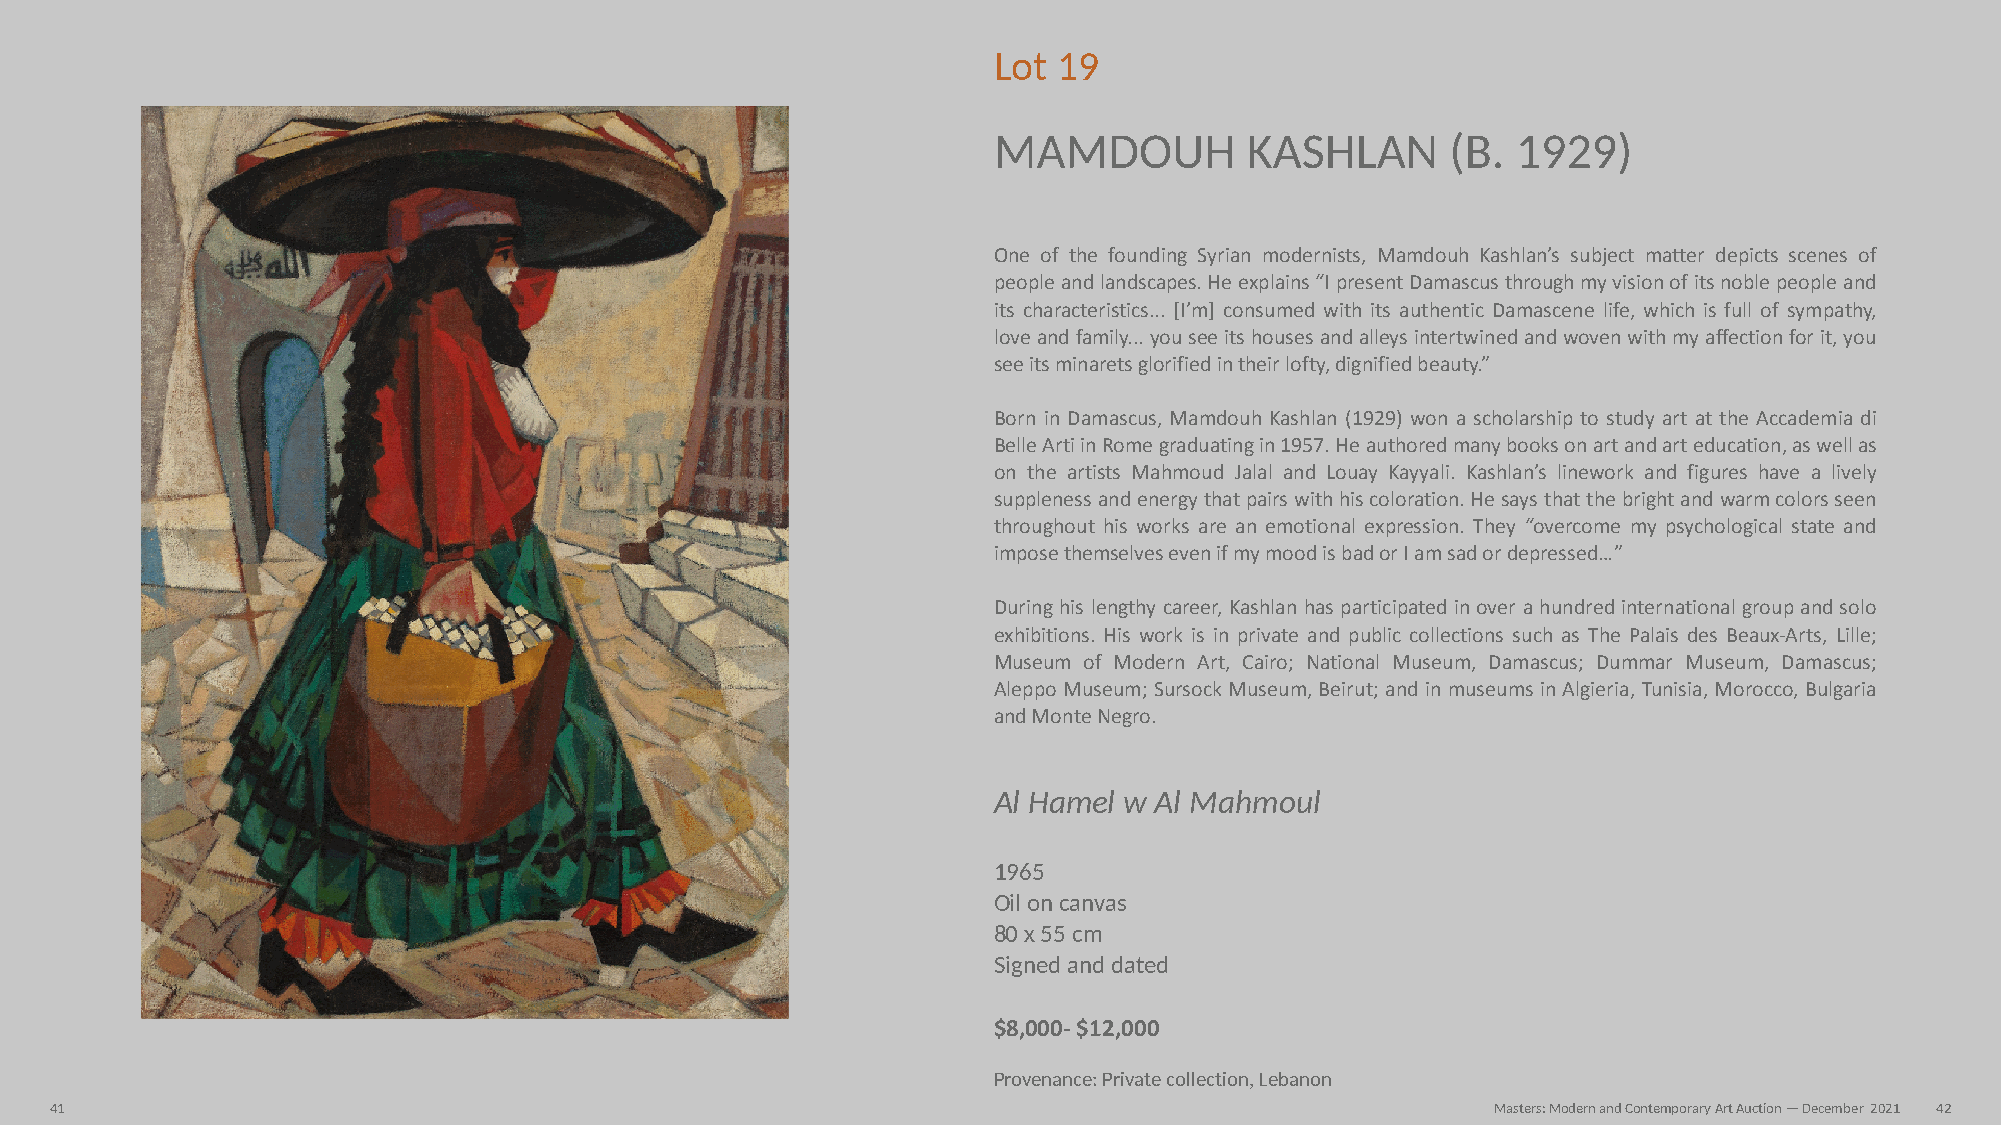
Lot 19
 MAMDOUH          KASHLAN      (B. 1929)
 One of the founding Syrian modernists, Mamdouh Kashlan’s subject matter depicts scenes of
 people and landscapes. He explains “I present Damascus through my vision of its noble people and
 its characteristics... [I’m] consumed with its authentic Damascene life, which is full of sympathy,
 love and family... you see its houses and alleys intertwined and woven with my affection for it, you
 see its minarets glorified in their lofty, dignified beauty.”
 Born in Damascus, Mamdouh Kashlan (1929) won a scholarship to study art at the Accademia di
 Belle Arti in Rome graduating in 1957. He authored many books on art and art education, as well as
 on the artists Mahmoud Jalal and Louay Kayyali. Kashlan’s linework and figures have a lively
 suppleness and energy that pairs with his coloration. He says that the bright and warm colors seen
 throughout his works are an emotional expression. They “overcome my psychological state and
 impose themselves even if my mood is bad or I am sad or depressed…”
 During his lengthy career, Kashlan has participated in over a hundred international group and solo
 exhibitions. His work is in private and public collections such as The Palais des Beaux-Arts, Lille;
 Museum of Modern Art, Cairo; National Museum, Damascus; Dummar Museum, Damascus;
 Aleppo Museum; Sursock Museum, Beirut; and in museums in Algieria, Tunisia, Morocco, Bulgaria
 and Monte Negro.
 Al Hamel w Al Mahmoul
 1965
 Oil on canvas
 80 x 55 cm
 Signed and dated
 $8,000- $12,000
 Provenance: Private collection, Lebanon
 41                                                                                              Masters: Modern and Contemporary Art Auction — December 2021 42